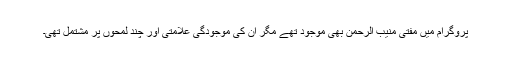
پروگرام میں مفتی منیب الرحمن بھی موجود تھے مگر ان کی موجودگی علامتی اور چند لمحوں پر مشتمل تھی۔